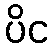
ပိင